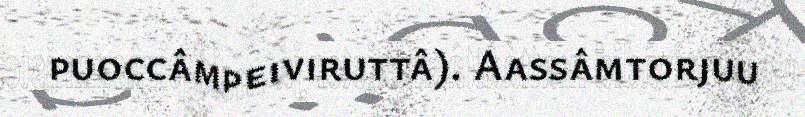
puoccâmpeiviruttâ). Aassâmtorjuu